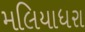
મલિયાધરા